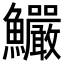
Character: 𩽴